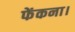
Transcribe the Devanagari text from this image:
फेंकना।